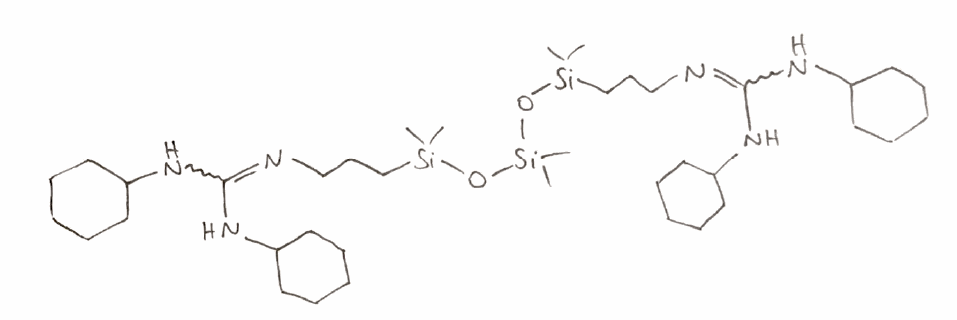
Simplified molecular-input line-entry system (SMILES) notation of the given molecule:
C[Si](C)(CCCN=C(NC1CCCCC1)NC2CCCCC2)O[Si](C)(C)O[Si](C)(C)CCCN=C(NC3CCCCC3)NC4CCCCC4